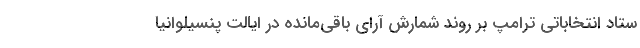
ستاد انتخاباتی ترامپ بر روند شمارش آرای باقی‌مانده در ایالت پنسیلوانیا